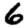
Digit: 6